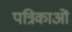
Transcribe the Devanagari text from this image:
पत्रिकाआें